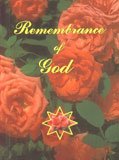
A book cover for Remembrance of God: A Selection of Baha'i Prayers and Holy Writings; Baha Ullah; Religion & Spirituality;